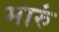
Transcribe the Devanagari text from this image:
मारुं